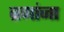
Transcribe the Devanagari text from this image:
ब्रगांजा